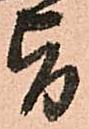
旨